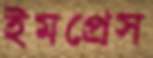
ইমপ্রেস